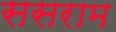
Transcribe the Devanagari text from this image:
ससराम